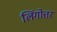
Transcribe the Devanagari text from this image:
लिंगोत्तर